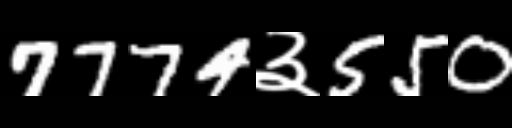
Text: 7774३550